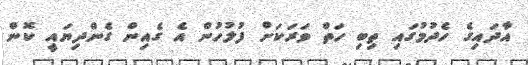
އާދައިގެ ހެދުމުގައި ތިބި ހަތް ވަރަކަށް ފުލުހުން އެ ގެއިން ގެންދިޔައީ ކޮން